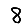
Digit: 8